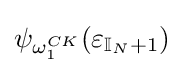
\psi _{\omega _{1}^{CK}}(\varepsilon _{\mathbb {I} _{N}+1})